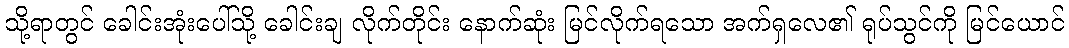
သို့ရာတွင် ခေါင်းအုံးပေါ်သို့ ခေါင်းချ လိုက်တိုင်း နောက်ဆုံး မြင်လိုက်ရသော အက်ရှလေ၏ ရုပ်သွင်ကို မြင်ယောင်